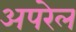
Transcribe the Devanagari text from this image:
अपरेल